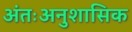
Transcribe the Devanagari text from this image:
अंतःअनुशासिक